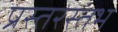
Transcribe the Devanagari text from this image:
प्रस्तरस्तंभ